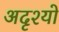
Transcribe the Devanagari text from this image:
अदृश्यो